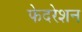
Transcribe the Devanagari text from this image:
फेदरेशन